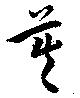
莫